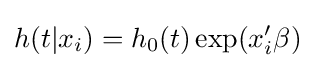
h(t|x_{i})=h_{0}(t)\exp(x_{i}'\beta )